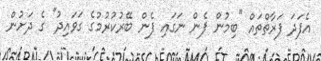
އެފަދަ ފަރާތްތައް "ބިމުން ފެން ނަގައި ފެން ބޭރުކުރުމުގެ ގަވައިދު" ގެ ދަށުން